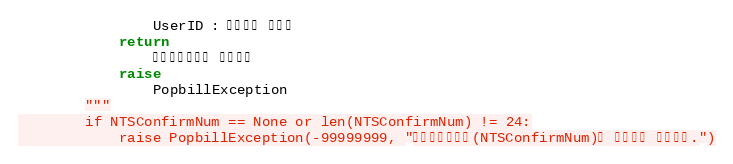
Language: Python
                UserID : 팝빌회원 아이디
            return
                전자세금계산서 정보객체
            raise
                PopbillException
        """
        if NTSConfirmNum == None or len(NTSConfirmNum) != 24:
            raise PopbillException(-99999999, "국세청승인번호(NTSConfirmNum)가 올바르지 않습니다.")